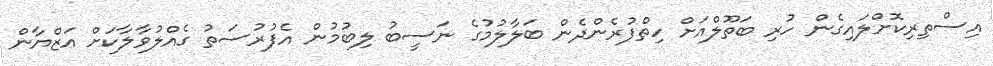
އިސްތިރިކޮށްލައިގެން ހުރި ބަތޫލްއަށް ހިތްފުރެންދެން ބަލާލުމުގެ ނަސީބު ލިބުމުން އެފުރުސަތު ގެއްލުވާލާކަށް އަޒްޔާން